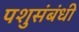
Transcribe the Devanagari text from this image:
पशुसंबंधी